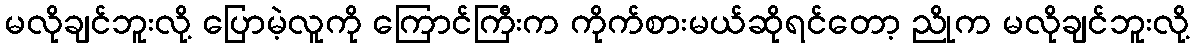
မလိုချင်ဘူးလို့ ပြောမဲ့လူကို ကြောင်ကြီးက ကိုက်စားမယ်ဆိုရင်တော့ ညိုက မလိုချင်ဘူးလို့